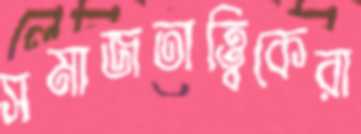
সমাজতাত্ত্বিকেরা